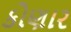
કોણાર